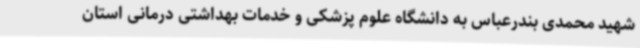
شهید محمدی بندرعباس به دانشگاه علوم پزشکی و خدمات بهداشتی درمانی استان